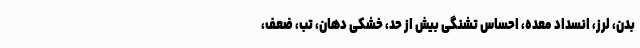
بدن، لرز، انسداد معده، احساس تشنگی بیش از حد، خشکی دهان، تب، ضعف،